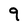
Character: 9